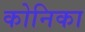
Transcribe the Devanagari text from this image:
कोनिका